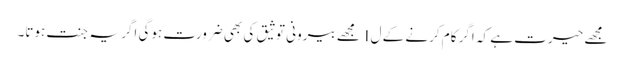
مجھے حیرت ہے کہ اگر کام کرنے کے ل I مجھے بیرونی توثیق کی بھی ضرورت ہوگی اگر یہ جنت ہوتا۔